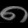
Digit: ၈